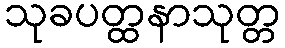
သုခပတ္ထနာသုတ္တ